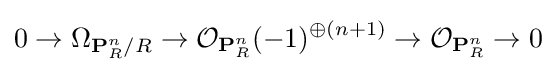
0\to \Omega _{\mathbf {P} _{R}^{n}/R}\to {\mathcal {O}}_{\mathbf {P} _{R}^{n}}(-1)^{\oplus (n+1)}\to {\mathcal {O}}_{\mathbf {P} _{R}^{n}}\to 0